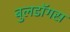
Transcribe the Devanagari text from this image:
बुलडॉगस